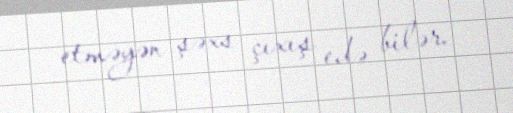
etməyən şəxs çıxış edə bilər.